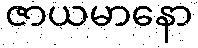
ဇာယမာနော